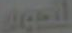
الصور